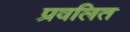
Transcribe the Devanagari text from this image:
प्रवलित